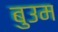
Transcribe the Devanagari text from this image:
बुउम